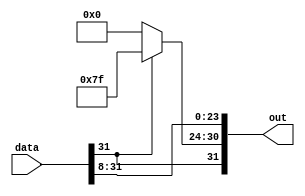
module eight_bit_right_shift(data, out);
    input [31:0] data;
    output [31:0] out;

    assign out[23:0] = data[31:8];
    assign out[30:24] = data[31] ? 7'b1111111 : 7'b0;
    assign out[31] = data[31];
endmodule